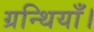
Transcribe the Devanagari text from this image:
ग्रन्थियाँ।